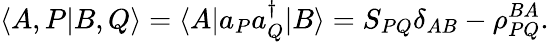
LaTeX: \langle A,P|B,Q\rangle=\langle A|a_{P}a_{Q}^{\dagger}|B\rangle=S_{PQ}\delta_{AB}-\rho_{PQ}^{BA}.